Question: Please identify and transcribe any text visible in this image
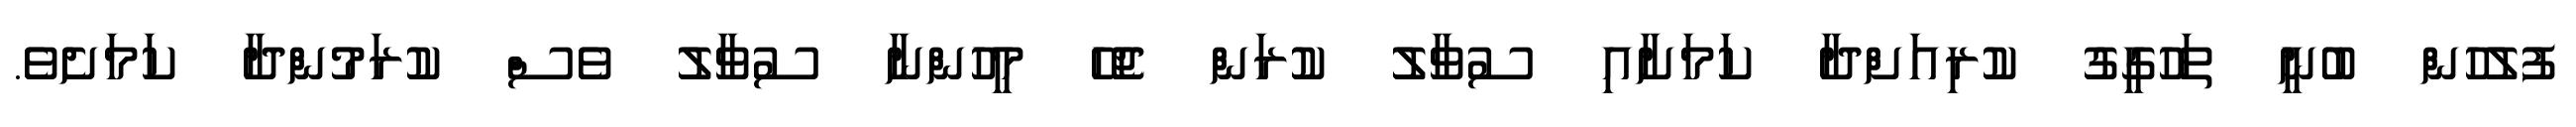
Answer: ފުލުހުން ބުނީ ތަހުގީގު ކުރިއަށްދާ ކަމަށާއި ސުވާލު ކުރަން ޖެހޭ މީހުންނާ ސުވާލު ވެސް ކުރަމުންދާ ކަމަށެވެ.